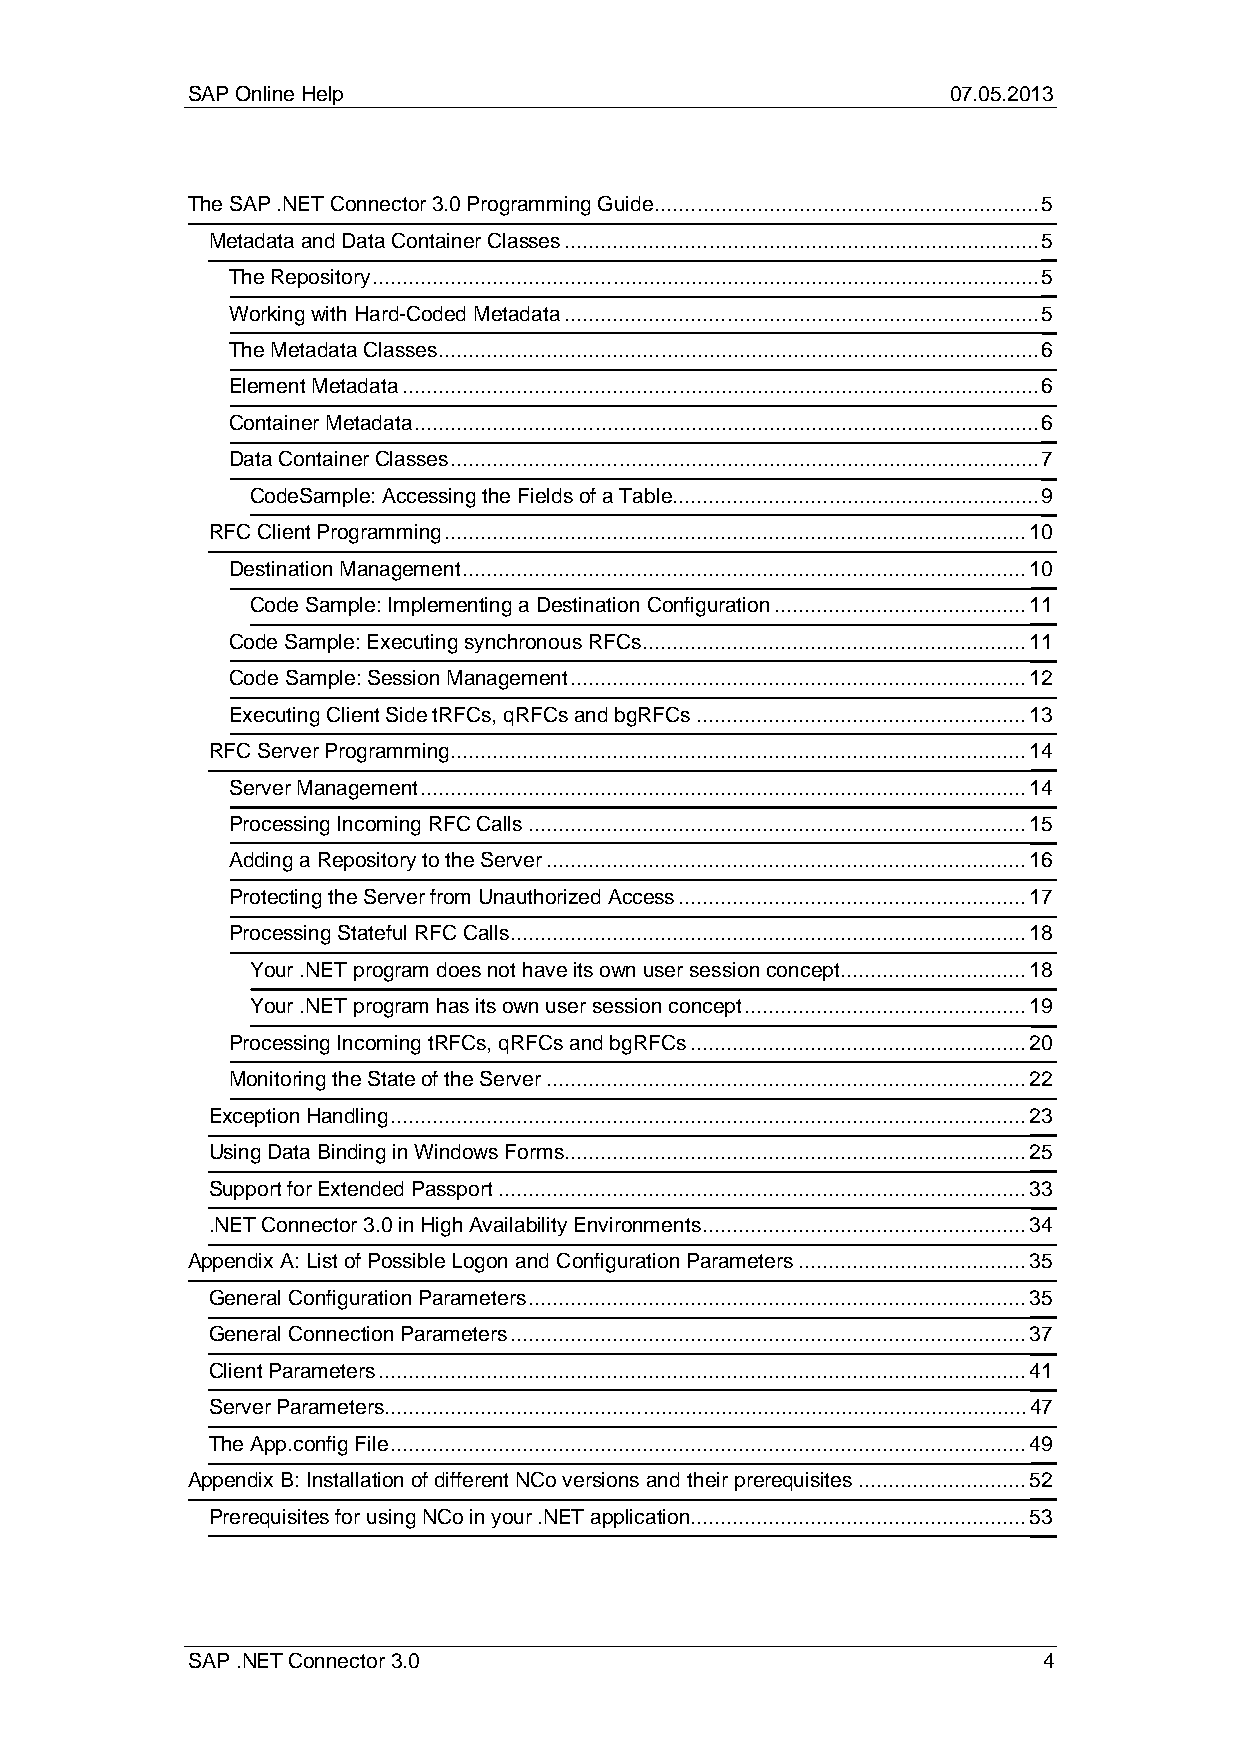
SAP Online Help                                    07.05.2013
 The SAP .NET Connector 3.0 Programming Guide ................................................................ 5
 Metadata and Data Container Classes ............................................................................... 5
 The Repository ............................................................................................................... 5
 Working with Hard-Coded Metadata ............................................................................... 5
 The Metadata Classes .................................................................................................... 6
 Element Metadata .......................................................................................................... 6
 Container Metadata ........................................................................................................ 6
 Data Container Classes .................................................................................................. 7
 CodeSample: Accessing the Fields of a Table. ............................................................ 9
 RFC Client Programming ................................................................................................. 10
 Destination Management .............................................................................................. 10
 Code Sample: Implementing a Destination Configuration .......................................... 11
 Code Sample: Executing synchronous RFCs ................................................................ 11
 Code Sample: Session Management ............................................................................ 12
 Executing Client Side tRFCs, qRFCs and bgRFCs ....................................................... 13
 RFC Server Programming ................................................................................................ 14
 Server Management ..................................................................................................... 14
 Processing Incoming RFC Calls ................................................................................... 15
 Adding a Repository to the Server ................................................................................ 16
 Protecting the Server from Unauthorized Access .......................................................... 17
 Processing Stateful RFC Calls ...................................................................................... 18
 Your .NET program does not have its own user session concept ............................... 18
 Your .NET program has its own user session concept ............................................... 19
 Processing Incoming tRFCs, qRFCs and bgRFCs ........................................................ 20
 Monitoring the State of the Server ................................................................................ 22
 Exception Handling .......................................................................................................... 23
 Using Data Binding in Windows Forms............................................................................. 25
 Support for Extended Passport ........................................................................................ 33
 .NET Connector 3.0 in High Availability Environments ...................................................... 34
 Appendix A: List of Possible Logon and Configuration Parameters ...................................... 35
 General Configuration Parameters ................................................................................... 35
 General Connection Parameters ...................................................................................... 37
 Client Parameters ............................................................................................................ 41
 Server Parameters. .......................................................................................................... 47
 The App.config File .......................................................................................................... 49
 Appendix B: Installation of different NCo versions and their prerequisites ............................ 52
 Prerequisites for using NCo in your .NET application........................................................ 53
 SAP .NET Connector 3.0                                   4